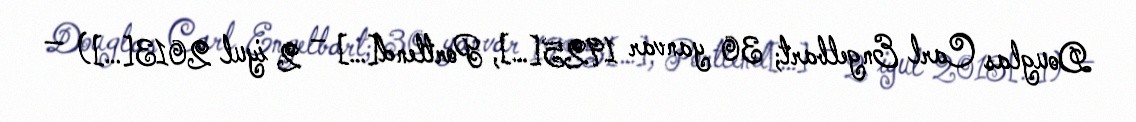
Douglas Carl Engelbart; 30 yanvar 1925[…], Portlend[…] – 2 iyul 2013[…]) —